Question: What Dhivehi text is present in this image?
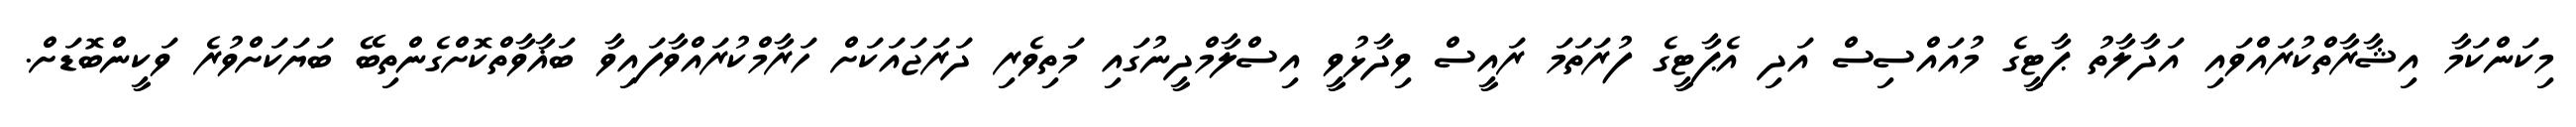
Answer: މިކަންކަމާ އިޝާރާތްކުރައްވައި އަދާލާތު ޕާޓީގެ މުއައްސިސް އަދި އެޕާޓީގެ ފުރަތަމަ ރައީސް ވިދާޅުވީ އިސްލާމްދީނުގައި މަތިވެރި ދަރަޖައަކަށް ހަރާމްކުރައްވާފައިވާ ބަޣާވާތްކޮށްގެންތިބޭ ބަޔަކަށްވުރެ ވަކީންބޮޑަށް.